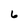
Character: 6